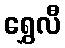
ရွှေလီ